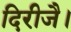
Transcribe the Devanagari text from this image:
दिरीजै।